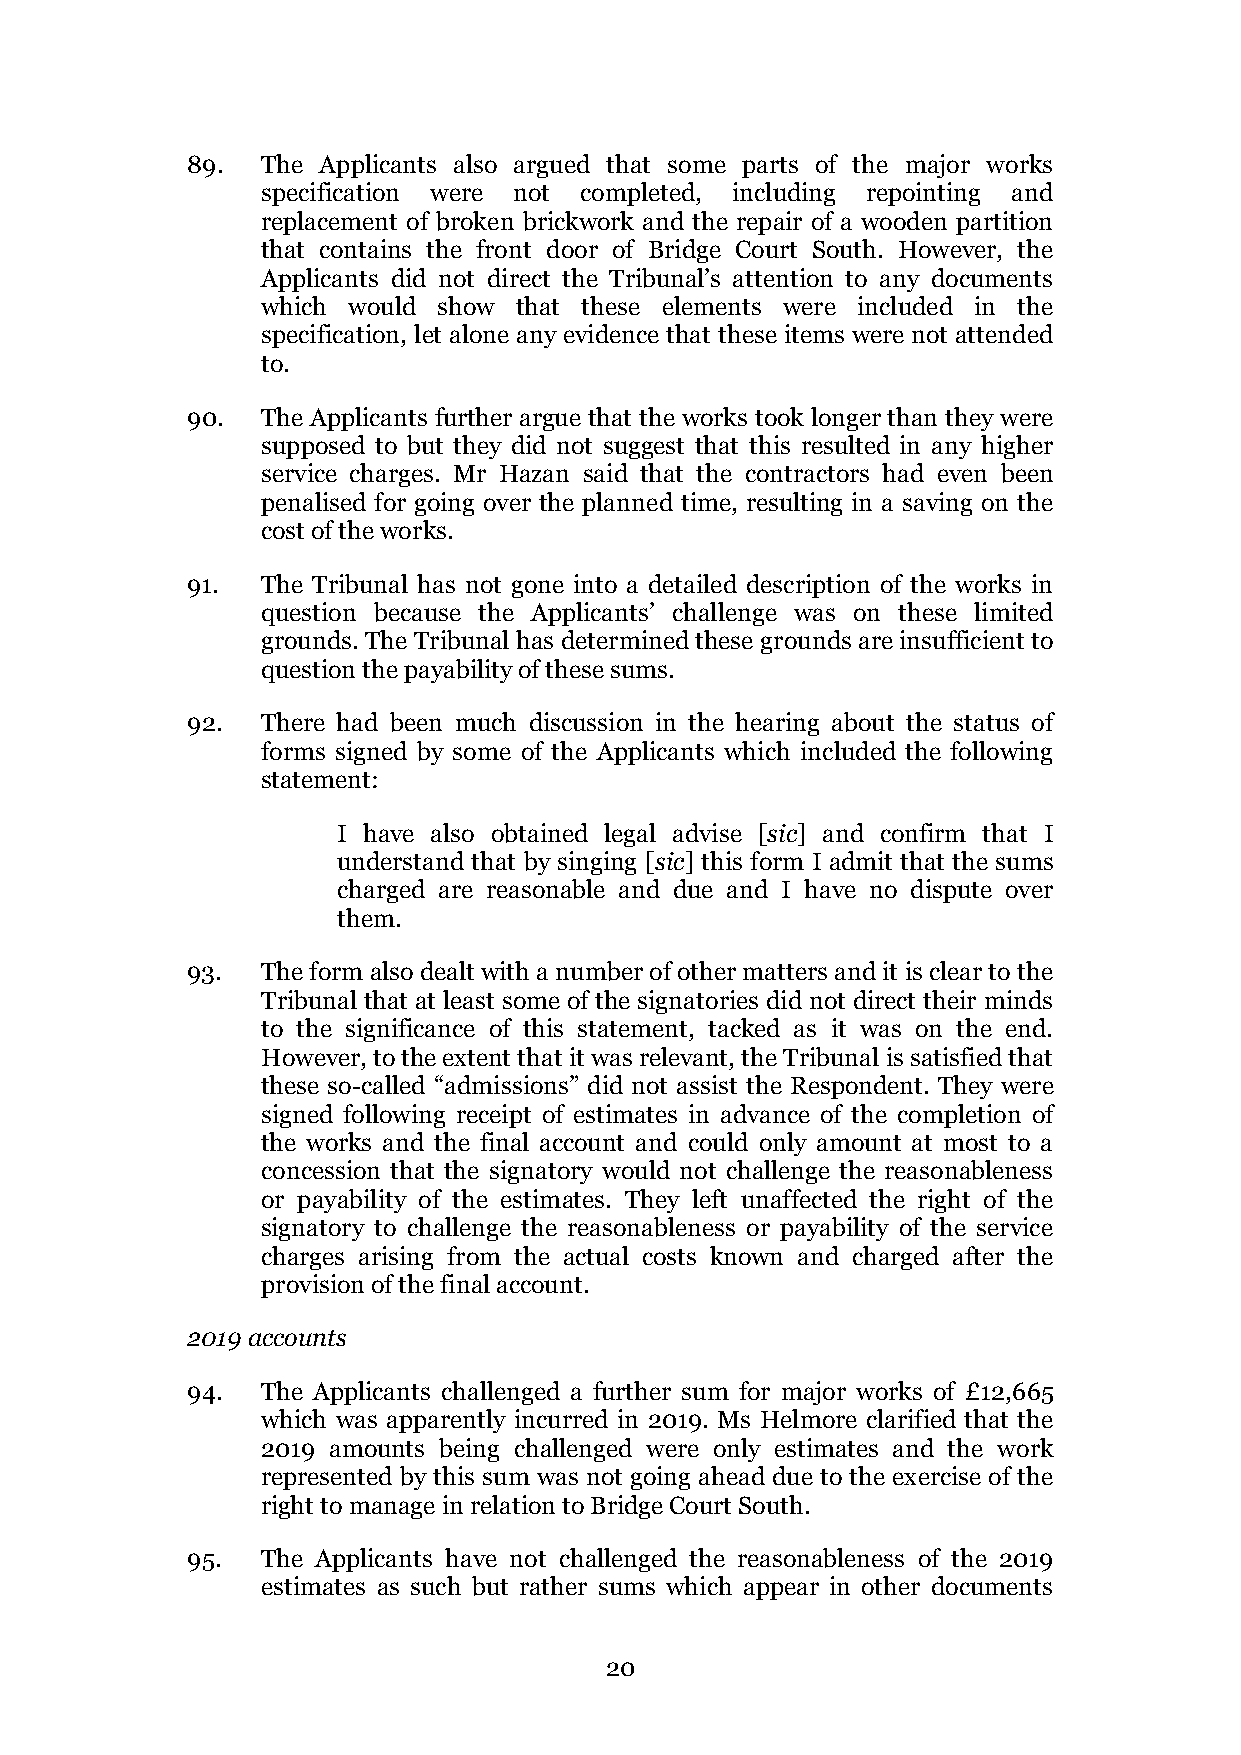
89.  The Applicants also argued that some parts of the major works
 specification were not completed, including repointing and
 replacement of broken brickwork and the repair of a wooden partition
 that contains the front door of Bridge Court South. However, the
 Applicants did not direct the Tribunal’s attention to any documents
 which would show that these elements were included in the
 specification, let alone any evidence that these items were not attended
 to.
 90.  The Applicants further argue that the works took longer than they were
 supposed to but they did not suggest that this resulted in any higher
 service charges. Mr Hazan said that the contractors had even been
 penalised for going over the planned time, resulting in a saving on the
 cost of the works.
 91.  The Tribunal has not gone into a detailed description of the works in
 question because the Applicants’ challenge was on these limited
 grounds. The Tribunal has determined these grounds are insufficient to
 question the payability of these sums.
 92.  There had been much discussion in the hearing about the status of
 forms signed by some of the Applicants which included the following
 statement:
 I have also obtained legal advise [sic] and confirm that I
 understand that by singing [sic] this form I admit that the sums
 charged are reasonable and due and I have no dispute over
 them.
 93.  The form also dealt with a number of other matters and it is clear to the
 Tribunal that at least some of the signatories did not direct their minds
 to the significance of this statement, tacked as it was on the end.
 However, to the extent that it was relevant, the Tribunal is satisfied that
 these so-called “admissions” did not assist the Respondent. They were
 signed following receipt of estimates in advance of the completion of
 the works and the final account and could only amount at most to a
 concession that the signatory would not challenge the reasonableness
 or payability of the estimates. They left unaffected the right of the
 signatory to challenge the reasonableness or payability of the service
 charges arising from the actual costs known and charged after the
 provision of the final account.
 2019 accounts
 94.  The Applicants challenged a further sum for major works of £12,665
 which was apparently incurred in 2019. Ms Helmore clarified that the
 2019 amounts being challenged were only estimates and the work
 represented by this sum was not going ahead due to the exercise of the
 right to manage in relation to Bridge Court South.
 95.  The Applicants have not challenged the reasonableness of the 2019
 estimates as such but rather sums which appear in other documents
 20